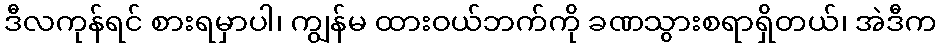
ဒီလကုန်ရင် စားရမှာပါ၊ ကျွန်မ ထားဝယ်ဘက်ကို ခဏသွားစရာရှိတယ်၊ အဲဒီက